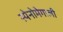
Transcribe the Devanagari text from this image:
स्पेनोमेगाली